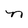
Character: n